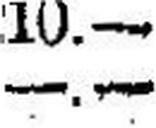
—.—